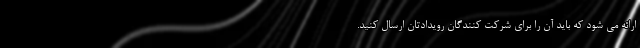
ارائه می شود که باید آن را برای شرکت کنندگان رویدادتان ارسال کنید.